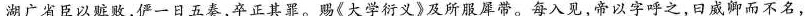
湖广省臣以赃败，俨一日五奏，卒正其罪。赐《大学衍义》及所服犀带。\underline{每入见，帝以字呼之，日威卿而不名}，